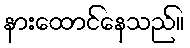
နားထောင်နေသည်။